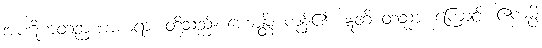
အပဋိဟတဉာဏာစာရာ၊ တို့သည်။ ဟောန္တိ၊ ကုန်၏။ ဣတိ တသ္မာ၊ ကြောင့်။ ဧကမ္ပိ